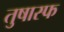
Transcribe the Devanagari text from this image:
तुषास्फ